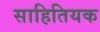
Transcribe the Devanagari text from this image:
साहितियक